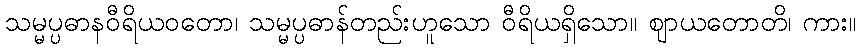
သမ္မပ္ပဓာနဝီရိယဝတော၊ သမ္မပ္ပဓာန်တည်းဟူသော ဝီရိယရှိသော။ ဈာယတောတိ၊ ကား။